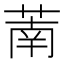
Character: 萳